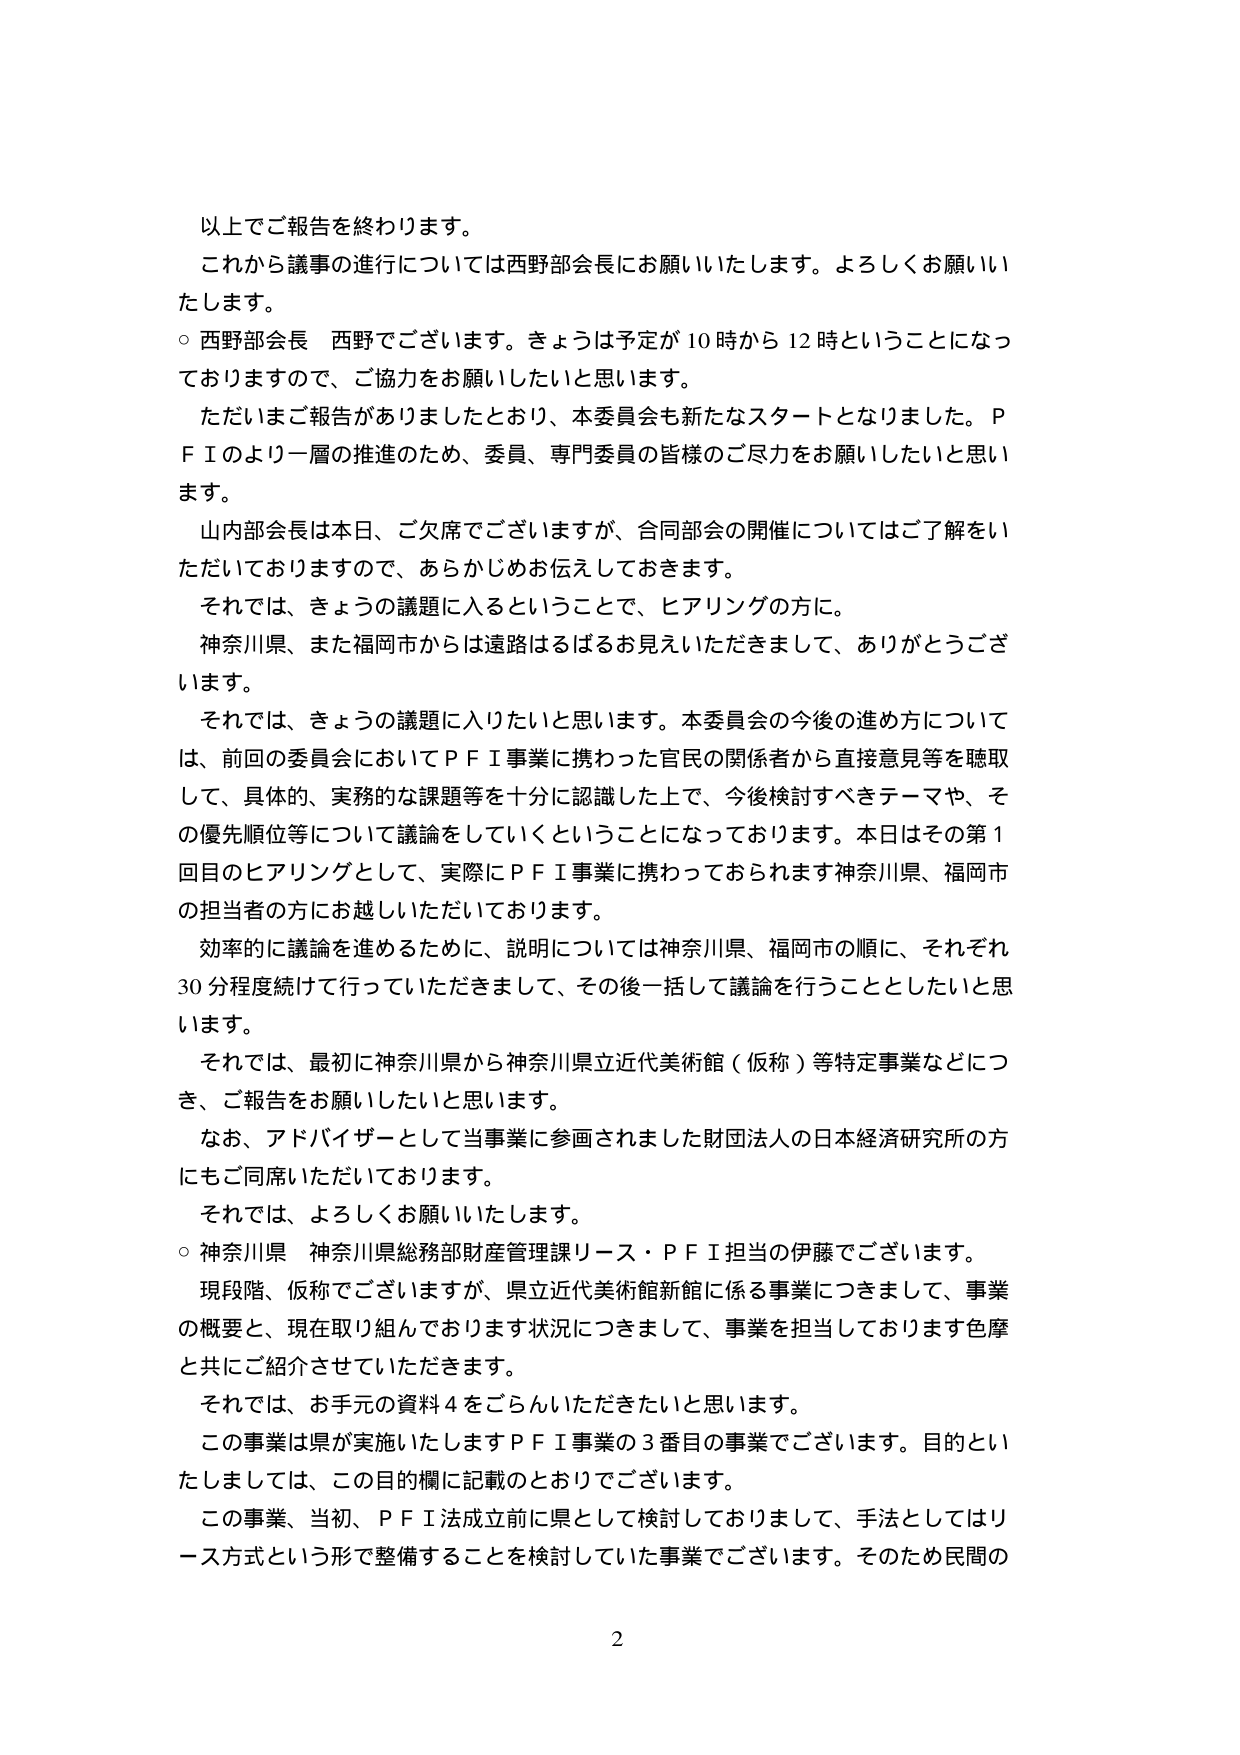
以上でご報告を終わります。
これから議事の進行については西野部会長にお願いいたします。よろしくお願いいたします。
○ 西野部会長 西野でございます。きょうは予定が10時から12時ということになっておりますので、ご協力をお願いしたいと思います。
ただいまご報告がありましたとおり、本委員会も新たなスタートとなりました。ＰＦＩのより一層の推進のため、委員、専門委員の皆様のご尽力をお願いしたいと思います。
山内部会長は本日、ご欠席でございますが、合同部会の開催についてはご了解をいただいておりますので、あらかじめお伝えしておきます。
それでは、きょうの議題に入るということで、ヒアリングの方に。
神奈川県、また福岡市からは遠路はるばるお見えいただきまして、ありがとうございます。
それでは、きょうの議題に入りたいと思います。本委員会の今後の進め方については、前回の委員会においてＰＦＩ事業に携わった官民の関係者から直接意見等を聴取して、具体的、実務的な課題等を十分に認識した上で、今後検討すべきテーマや、その優先順位等について議論をしていくことになっております。本日はその第1回目のヒアリングとして、実際にＰＦＩ事業に携わっておられます神奈川県、福岡市の担当者の方にお越しいただいております。
効率的に議論を進めるために、説明については神奈川県、福岡市の順に、それぞれ30分程度続けて行っていただきますして、その後一括して議論を行うこととしたいと思います。
それでは、最初に神奈川県から神奈川県立近代美術館（仮称）等特定事業などにつき、ご報告をお願いしたいと思います。
なお、アドバイザーとして当事業に参画されました財団法人の日本経済研究所の方にもご同席いただいております。
それでは、よろしくお願いいたします。
○ 神奈川県 神奈川県総務部財産管理課リース・ＰＦＩ担当の伊藤でございます。
現段階、仮称でございますが、県立近代美術館新館に係る事業につきまして、事業の概要と、現在取り組んでおります状況につきまして、事業を担当しております色摩と共にご紹介させていただきます。
それでは、お手元の資料4をごらんいただきたいと思います。
この事業は県が実施いたしますＰＦＩ事業の3番目の事業でございます。目的といたしましては、この目的欄に記載のとおりでございます。
この事業、当初、ＰＦＩ法成立前に県として検討しておりまして、手法としてはリース方式という形で整備することを検討していた事業でございます。そのため民間の
2